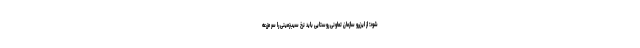
شود؛ از این‌رو سازمان تعاونی روستایی باید نرخ سیب‌زمینی را سر مزرعه